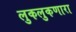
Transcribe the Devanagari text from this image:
लुकलुकणारा